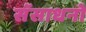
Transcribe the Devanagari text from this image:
सॅसाधनो